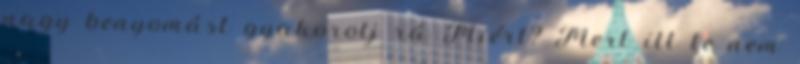
nagy benyomást gyakorolj rá Miért? Mert itt te nem